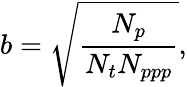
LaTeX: b=\sqrt{\frac{N_{p}}{N_{t}N_{ppp}}},